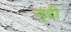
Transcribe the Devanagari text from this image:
वृद्दी